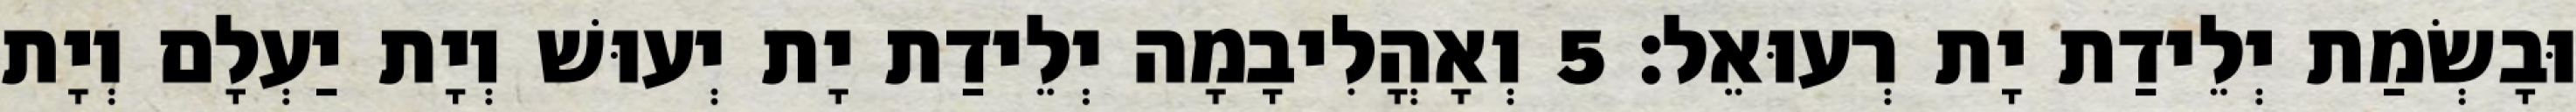
וּבָשְׂמַת יְלֵידַת יָת רְעוּאֵל׃ 5 וְאָהֳלִיבָמָה יְלֵידַת יָת יְעוּשׁ וְיָת יַעְלָם וְיָת